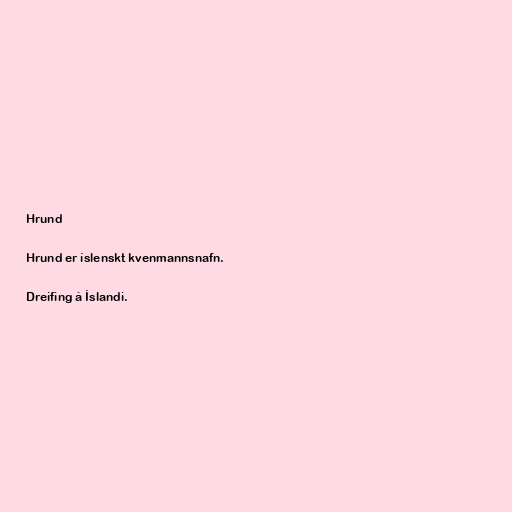
Hrund

Hrund er íslenskt kvenmannsnafn.

Dreifing á Íslandi.